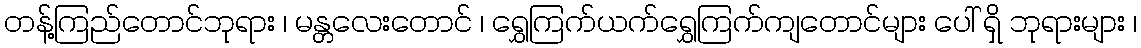
တန့်ကြည်တောင်ဘုရား ၊ မန္တလေးတောင် ၊ ရွှေကြက်ယက်ရွှေကြက်ကျတောင်များ ပေါ် ရှိ ဘုရားများ ၊